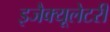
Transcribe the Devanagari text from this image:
इजैक्यूलेटरी